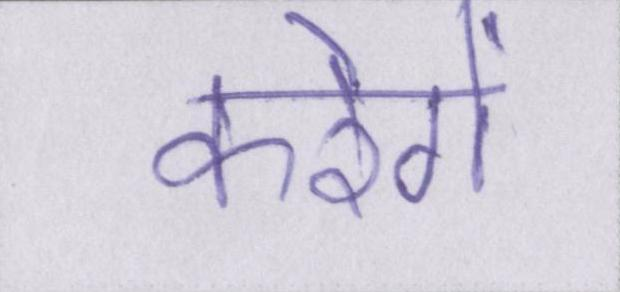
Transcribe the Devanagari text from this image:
करेगें